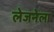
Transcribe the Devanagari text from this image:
लेजनेला